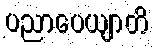
ပညာပေယျာတိ